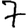
Digit: 7